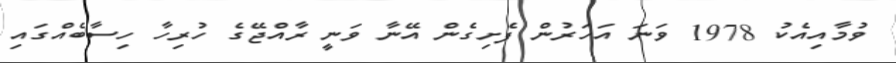
ވުމާއިއެކު 1978 ވަނަ އަހަރުން ފެށިގެން އޭނާ ވަނީ ރާއްޖޭގެ ހުރިހާ ހިސާބެއްގައި